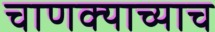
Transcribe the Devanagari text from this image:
चाणक्याच्याच